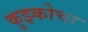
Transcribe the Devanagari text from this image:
कुझ्कोचा